255_413270_UFO's_and_Defense_What_Should_we_Prepare_For
Agency: NASA
Page 46
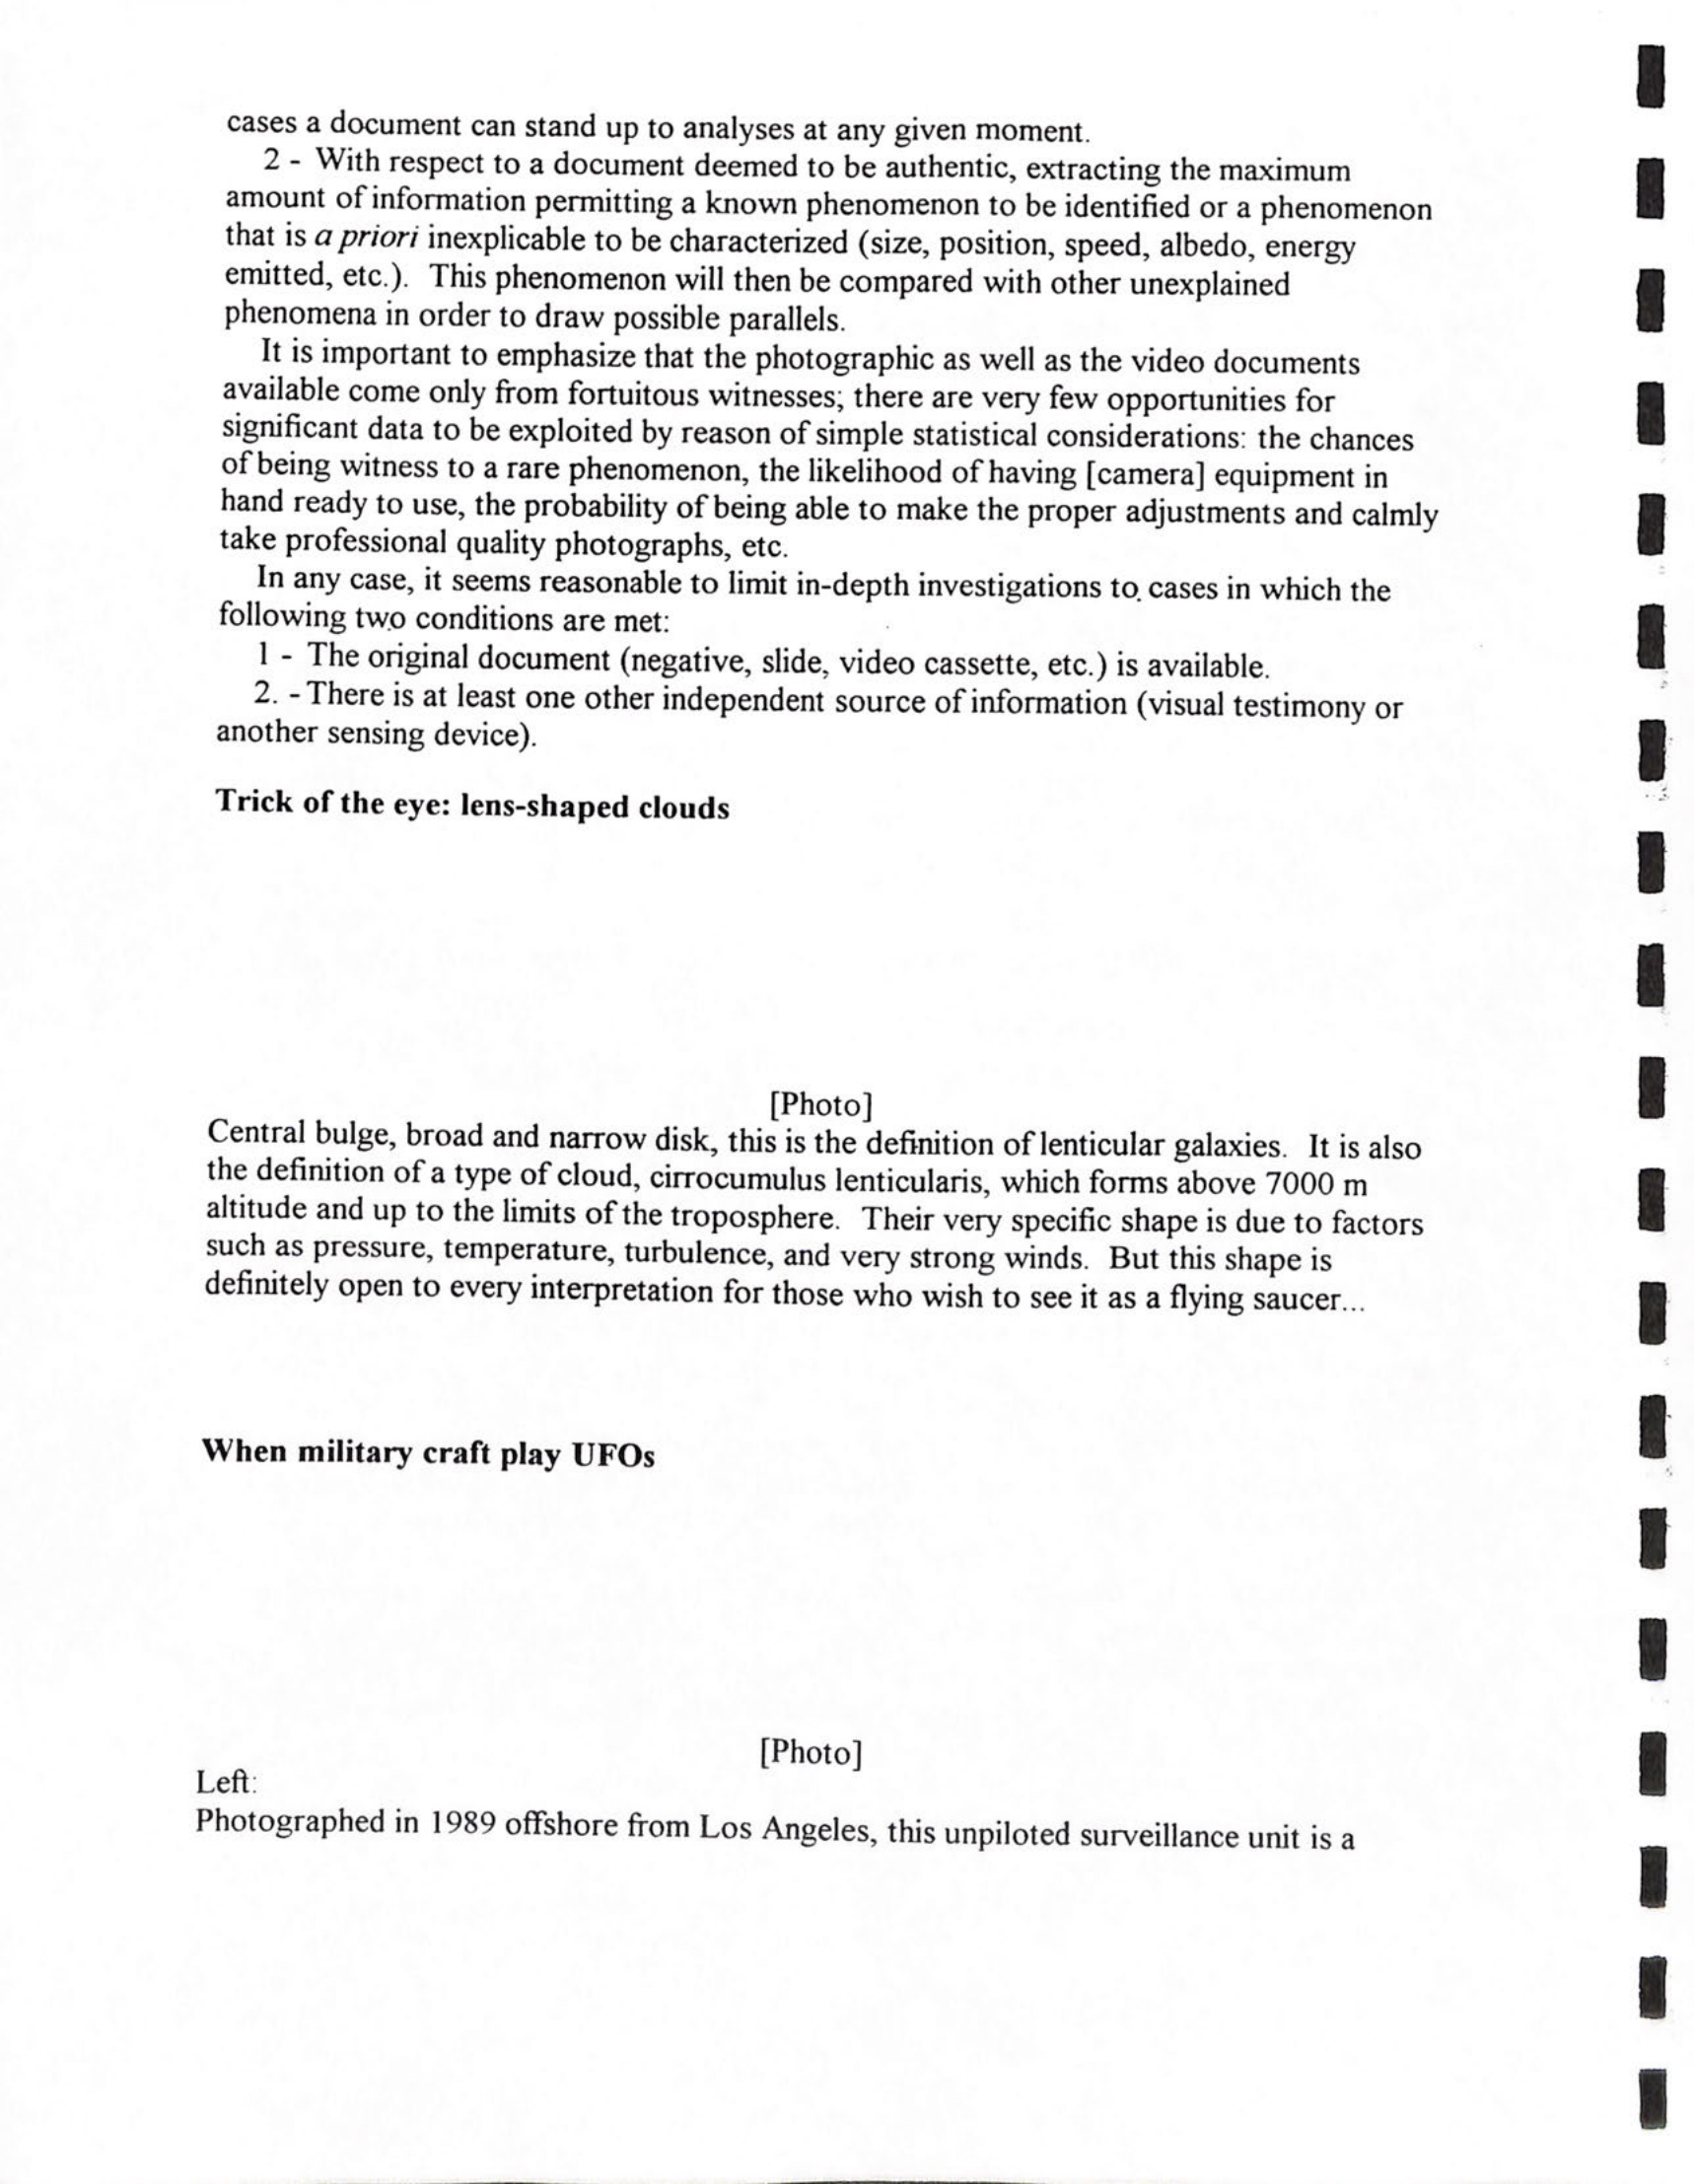